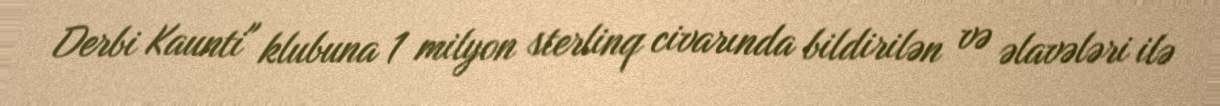
Derbi Kaunti" klubuna 1 milyon sterlinq civarında bildirilən və əlavələri ilə